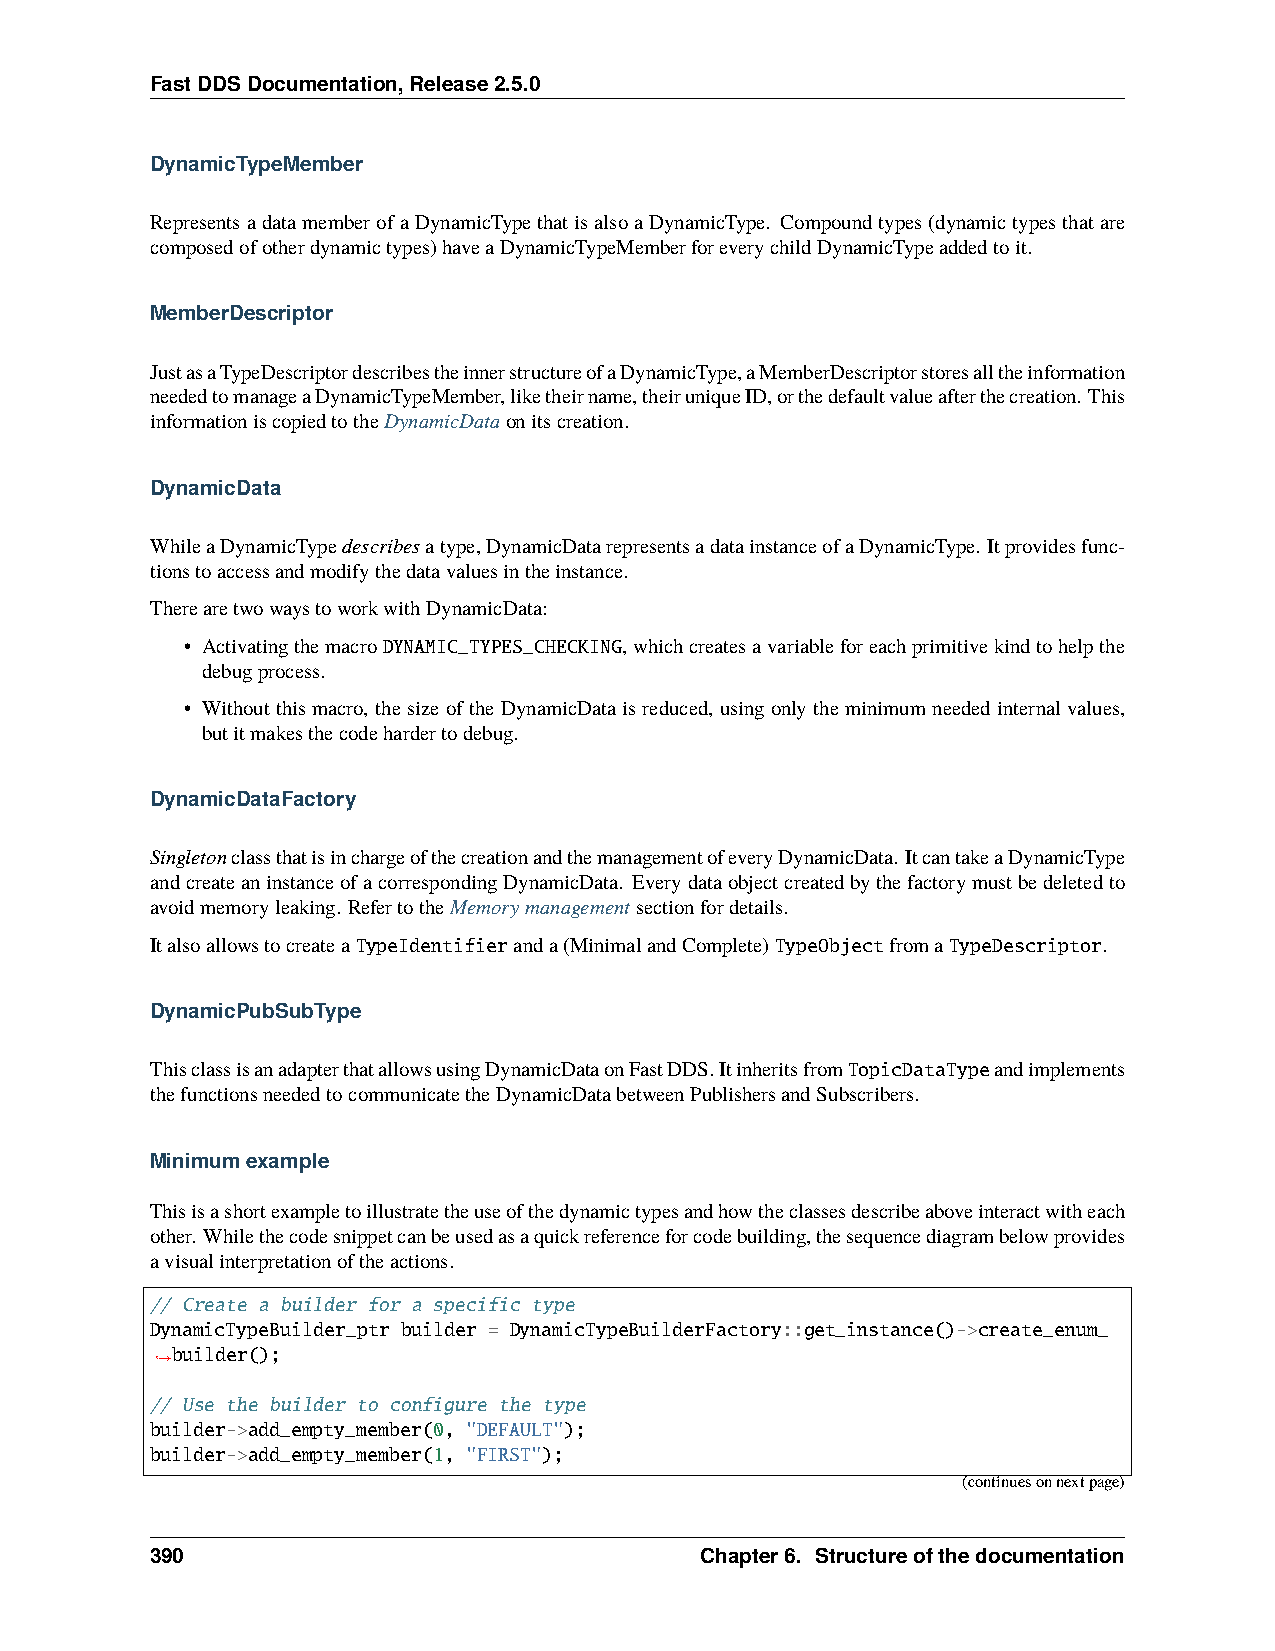
FastDDSDocumentation,Release2.5.0
 DynamicTypeMember
 RepresentsadatamemberofaDynamicTypethatisalsoaDynamicType. Compoundtypes(dynamictypesthatare
 composedofotherdynamictypes)haveaDynamicTypeMemberforeverychildDynamicTypeaddedtoit.
 MemberDescriptor
 JustasaTypeDescriptordescribestheinnerstructureofaDynamicType,aMemberDescriptorstoresalltheinformation
 neededtomanageaDynamicTypeMember,liketheirname,theiruniqueID,orthedefaultvalueafterthecreation. This
 informationiscopiedtotheDynamicDataonitscreation.
 DynamicData
 WhileaDynamicTypedescribesatype,DynamicDatarepresentsadatainstanceofaDynamicType. Itprovidesfunc-
 tionstoaccessandmodifythedatavaluesintheinstance.
 TherearetwowaystoworkwithDynamicData:
 • ActivatingthemacroDYNAMIC_TYPES_CHECKING,whichcreatesavariableforeachprimitivekindtohelpthe
 debugprocess.
 • Withoutthismacro, thesizeoftheDynamicDataisreduced, usingonlytheminimumneededinternalvalues,
 butitmakesthecodehardertodebug.
 DynamicDataFactory
 SingletonclassthatisinchargeofthecreationandthemanagementofeveryDynamicData. ItcantakeaDynamicType
 andcreateaninstanceofacorrespondingDynamicData. Everydataobjectcreatedbythefactorymustbedeletedto
 avoidmemoryleaking. RefertotheMemorymanagementsectionfordetails.
 ItalsoallowstocreateaTypeIdentifieranda(MinimalandComplete)TypeObjectfromaTypeDescriptor.
 DynamicPubSubType
 ThisclassisanadapterthatallowsusingDynamicDataonFastDDS.ItinheritsfromTopicDataTypeandimplements
 thefunctionsneededtocommunicatetheDynamicDatabetweenPublishersandSubscribers.
 Minimumexample
 Thisisashortexampletoillustratetheuseofthedynamictypesandhowtheclassesdescribeaboveinteractwitheach
 other. Whilethecodesnippetcanbeusedasaquickreferenceforcodebuilding,thesequencediagrambelowprovides
 avisualinterpretationoftheactions.
 // Create a builder for a specific type
 DynamicTypeBuilder_ptr builder = DynamicTypeBuilderFactory::get_instance()->create_enum_
 builder();
 ˓→
 // Use the builder to configure the type
 builder->add_empty_member(0, "DEFAULT");
 builder->add_empty_member(1, "FIRST");
 (continuesonnextpage)
 390                                 Chapter6. Structureofthedocumentation